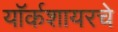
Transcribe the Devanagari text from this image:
यॉर्कशायरचे